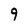
Character: 9